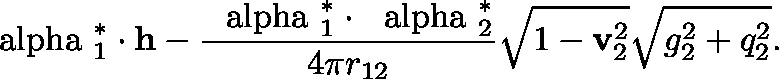
{ \mathrm { \boldmath ~ \ a l p h a ~ } } _ { 1 } ^ { * } \cdot { \bf h } - \frac { { \mathrm { \boldmath ~ \ a l p h a ~ } } _ { 1 } ^ { * } \cdot { \mathrm { \boldmath ~ \ a l p h a ~ } } _ { 2 } ^ { * } } { 4 \pi r _ { 1 2 } } \sqrt { 1 - { \bf v } _ { 2 } ^ { 2 } } \sqrt { g _ { 2 } ^ { 2 } + q _ { 2 } ^ { 2 } } .